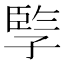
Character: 𡦋